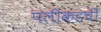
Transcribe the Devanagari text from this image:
पलीकडची